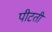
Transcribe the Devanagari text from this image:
पीटती